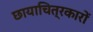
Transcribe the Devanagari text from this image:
छायाचित्रकारों